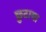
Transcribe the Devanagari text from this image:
छुटाया